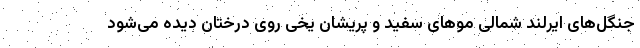
جنگل‌های ایرلند شمالی مو‌های سفید و پریشان یخی روی درختان دیده می‌شود